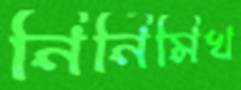
নির্নিমিখ